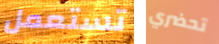
تستعمل تحضري